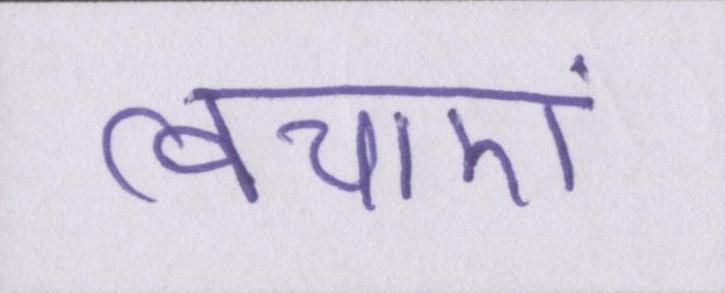
त्वचाएं